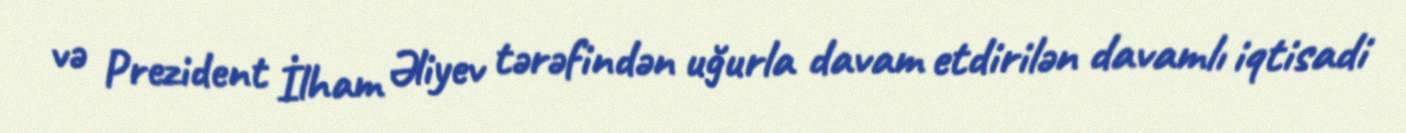
və Prezident İlham Əliyev tərəfindən uğurla davam etdirilən davamlı iqtisadi